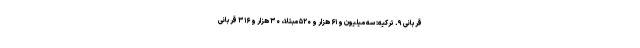
قربانی ۹. ترکیه: سه میلیون و ۶۱ هزار و ۵۲۰ مبتلا، ۳۰ هزار و ۳۱۶ قربانی